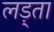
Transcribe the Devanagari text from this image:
लड़्ता